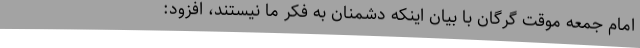
امام جمعه موقت گرگان با بیان اینکه دشمنان به فکر ما نیستند، افزود: